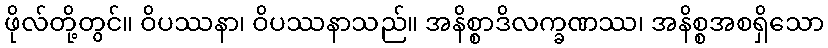
ဖိုလ်တို့တွင်။ ဝိပဿနာ၊ ဝိပဿနာသည်။ အနိစ္စာဒိလက္ခဏဿ၊ အနိစ္စအစရှိသော